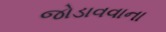
જોડાવવાના